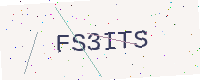
Text: FS3ITS